Sketch of the medical history of the native army of Bombay, for the year
Year: 1875
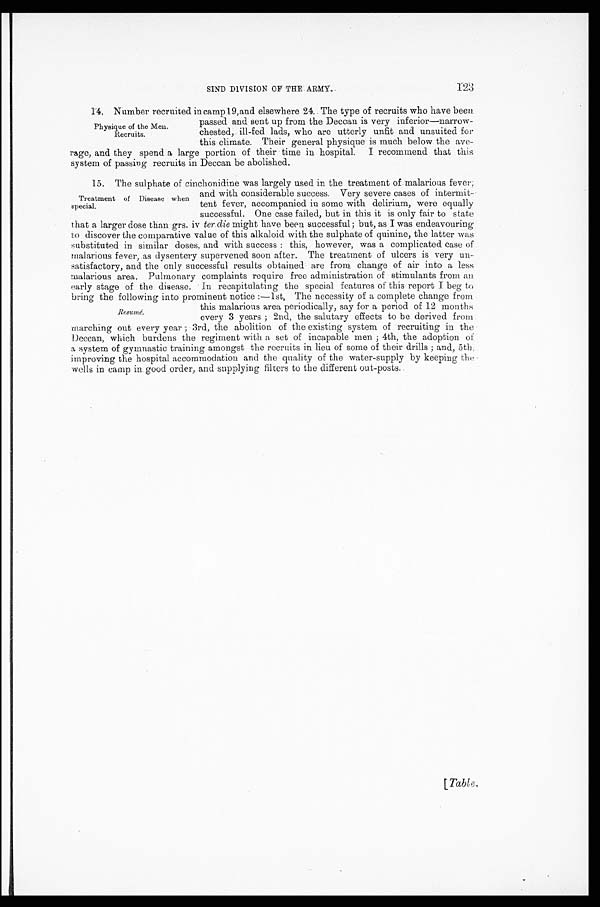
123
SIND DIVISION OF THE ARMY.
1 4 . N u m b e r r e c r u i t e d i n c a m p 1 9 , a n d e l s e w h e r e 2 4 . T h e t y p e o f r e c r u i t s w h o h a v e b e e n
passed and sent up from the Deccan is very inferior—narrow
-
chested, ill-fed lads, who are utterly unfit and unsuited for
this climate. Their general physique is much below the ave
-
rage, and they spend a large portion of their time in hospital. I recommend that this
system of passing recruits in Deccan be abolished.
15. The sulphate of cinchonidine was largely used in the treatment of malarious fever,
and with considerable success. Very severe cases of intermit
-
tent fever, accompanied in some with delirium, were equally
successful. One case failed, but in this it is only fair to state
that a larger dose than grs. iv ter die might have been successful; but, as I was endeavouring
to discover the comparative value of this alkaloid with the sulphate of quinine, the latter was
substituted in similar doses, and with success: this, however, was a complicated case of
malarious fever, as dysentery supervened soon after. The treatment of ulcers is very un
-
satisfactory, and the only successful results obtained are from change of air into a less
malarious area. Pulmonary complaints require free administration of stimulants from an
early stage of the disease. In recapitulating the special features of this report I beg to
bring the following into prominent notice:—1st, The necessity of a complete change from
this malarious area periodically, say for a period of 12 months
every 3 years; 2nd, the salutary effects to be derived from
marching out every year; 3rd, the abolition of the existing system of recruiting in the
Deccan, which burdens the regiment with a set of incapable men; 4th, the adoption of
a system of gymnastic training amongst the recruits in lieu of some of their drills; and, 5th,
improving the hospital accommodation and the quality of the water-supply by keeping the
wells in camp in good order, and supplying filters to the different out-posts.
Physique of the Men
Recruits.
Treatment of Disease when
special.
Resumé.
[Table,